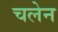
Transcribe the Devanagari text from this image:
चलेन